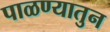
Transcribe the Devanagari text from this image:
पाळण्यातुन